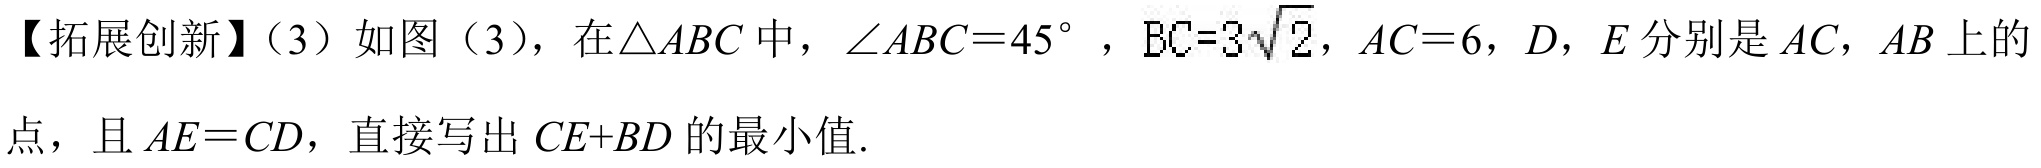
【拓展创新】（3）如图（3），在$\triangle ABC$中，$\angle ABC = 45^{\circ}$，$BC = 3\sqrt{2}$，$AC = 6$，$D$，$E$分别是$AC$，$AB$上的点，且$AE = CD$，直接写出$CE + BD$的最小值.